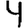
Digit: 4